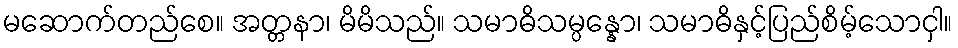
မဆောက်တည်စေ။ အတ္တနာ၊ မိမိသည်။ သမာဓိသမ္ပန္နော၊ သမာဓိနှင့်ပြည်စိမ့်သောငှါ။